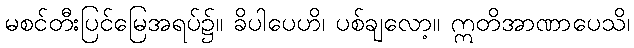
မစင်တီးပြင်မြေအရပ်၌။ ခိပါပေဟိ၊ ပစ်ချလော့။ ဣတိအာဏာပေသိ၊